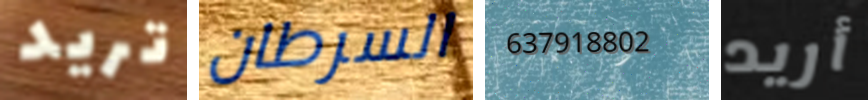
تريد السرطان 637918802 أريد